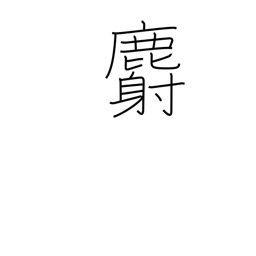
Meaning: musk deer